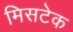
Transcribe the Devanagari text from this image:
मिसटेक